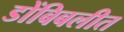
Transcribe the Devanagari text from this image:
डोंबिबलीत